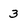
Character: 3